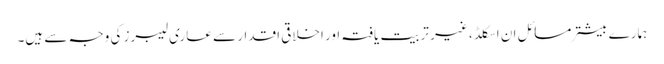
ہمارے بیشتر مسائل ان اسکلڈ ، غیر تربیت یافتہ اور اخلاقی اقدار سے عاری لیبرز کی وجہ سے ہیں۔